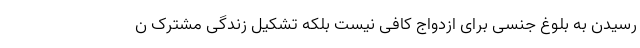
رسیدن به بلوغ جنسی برای ازدواج کافی نیست بلکه تشکیل زندگی مشترک ن